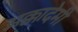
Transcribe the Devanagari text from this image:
अक्कादेमी